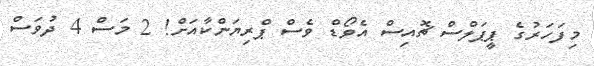
މިފަހަރުގެ ޕީޕަލްސް ޗޮއިސް އެވޯޑް ވެސް ޕްރިޔަންކާއަށް! 2 މަސް 4 ދުވަސް